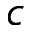
c